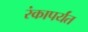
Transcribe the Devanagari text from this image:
रंकापर्यंत